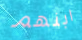
ابنهم